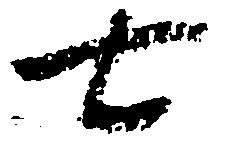
七